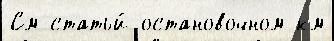
См статьи́ остановочном км